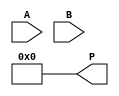
module booth_multiplier (
    input [15:0] A,
    input [15:0] B,
    output reg [31:0] P
);

reg [31:0] Z, M;
reg [3:0] control;

always @ (A or B) begin
    //Initialize the multiplication
    Z <= {A, 16'b0};
    M <= {B, 16'b0};
    control <= 4'd0;
    P <= 32'b0;
end

always @ (posedge clock) begin
    case (control)
        4'd0: begin
            if (Z[0] == 1 && Z[31:16] == 16'b1111)
                control <= 4'd1;
            else if (Z[0] == 0 && Z[31:16] == 16'b0000)
                control <= 4'd1;
            else
                control <= 4'd2;
        end
        4'd1: begin
            //Shift Z and M right by 1 bit
            Z <= Z >> 1;
            M <= M << 1;
            control <= 4'd3;
        end
        4'd2: begin
            if (Z[0] == 1)
                P <= P + M;
            else
                P <= P - M;
            Z <= Z >> 1;
            M <= M << 1;
            control <= 4'd3;
        end
        4'd3: begin
            control <= 4'd0;
        end
    endcase
end

endmodule